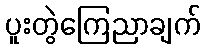
ပူးတွဲကြေညာချက်